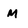
Character: M